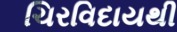
ચિરવિદાયથી